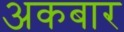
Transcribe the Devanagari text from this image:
अकबार